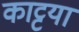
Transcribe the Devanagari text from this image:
काट्टया